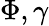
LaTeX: \Phi,\gamma